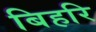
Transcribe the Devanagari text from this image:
बिहरि